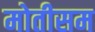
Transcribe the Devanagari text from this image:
मोतीसम